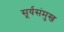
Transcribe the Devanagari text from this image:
सूर्यसंमुख